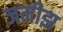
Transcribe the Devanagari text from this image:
जमीझ